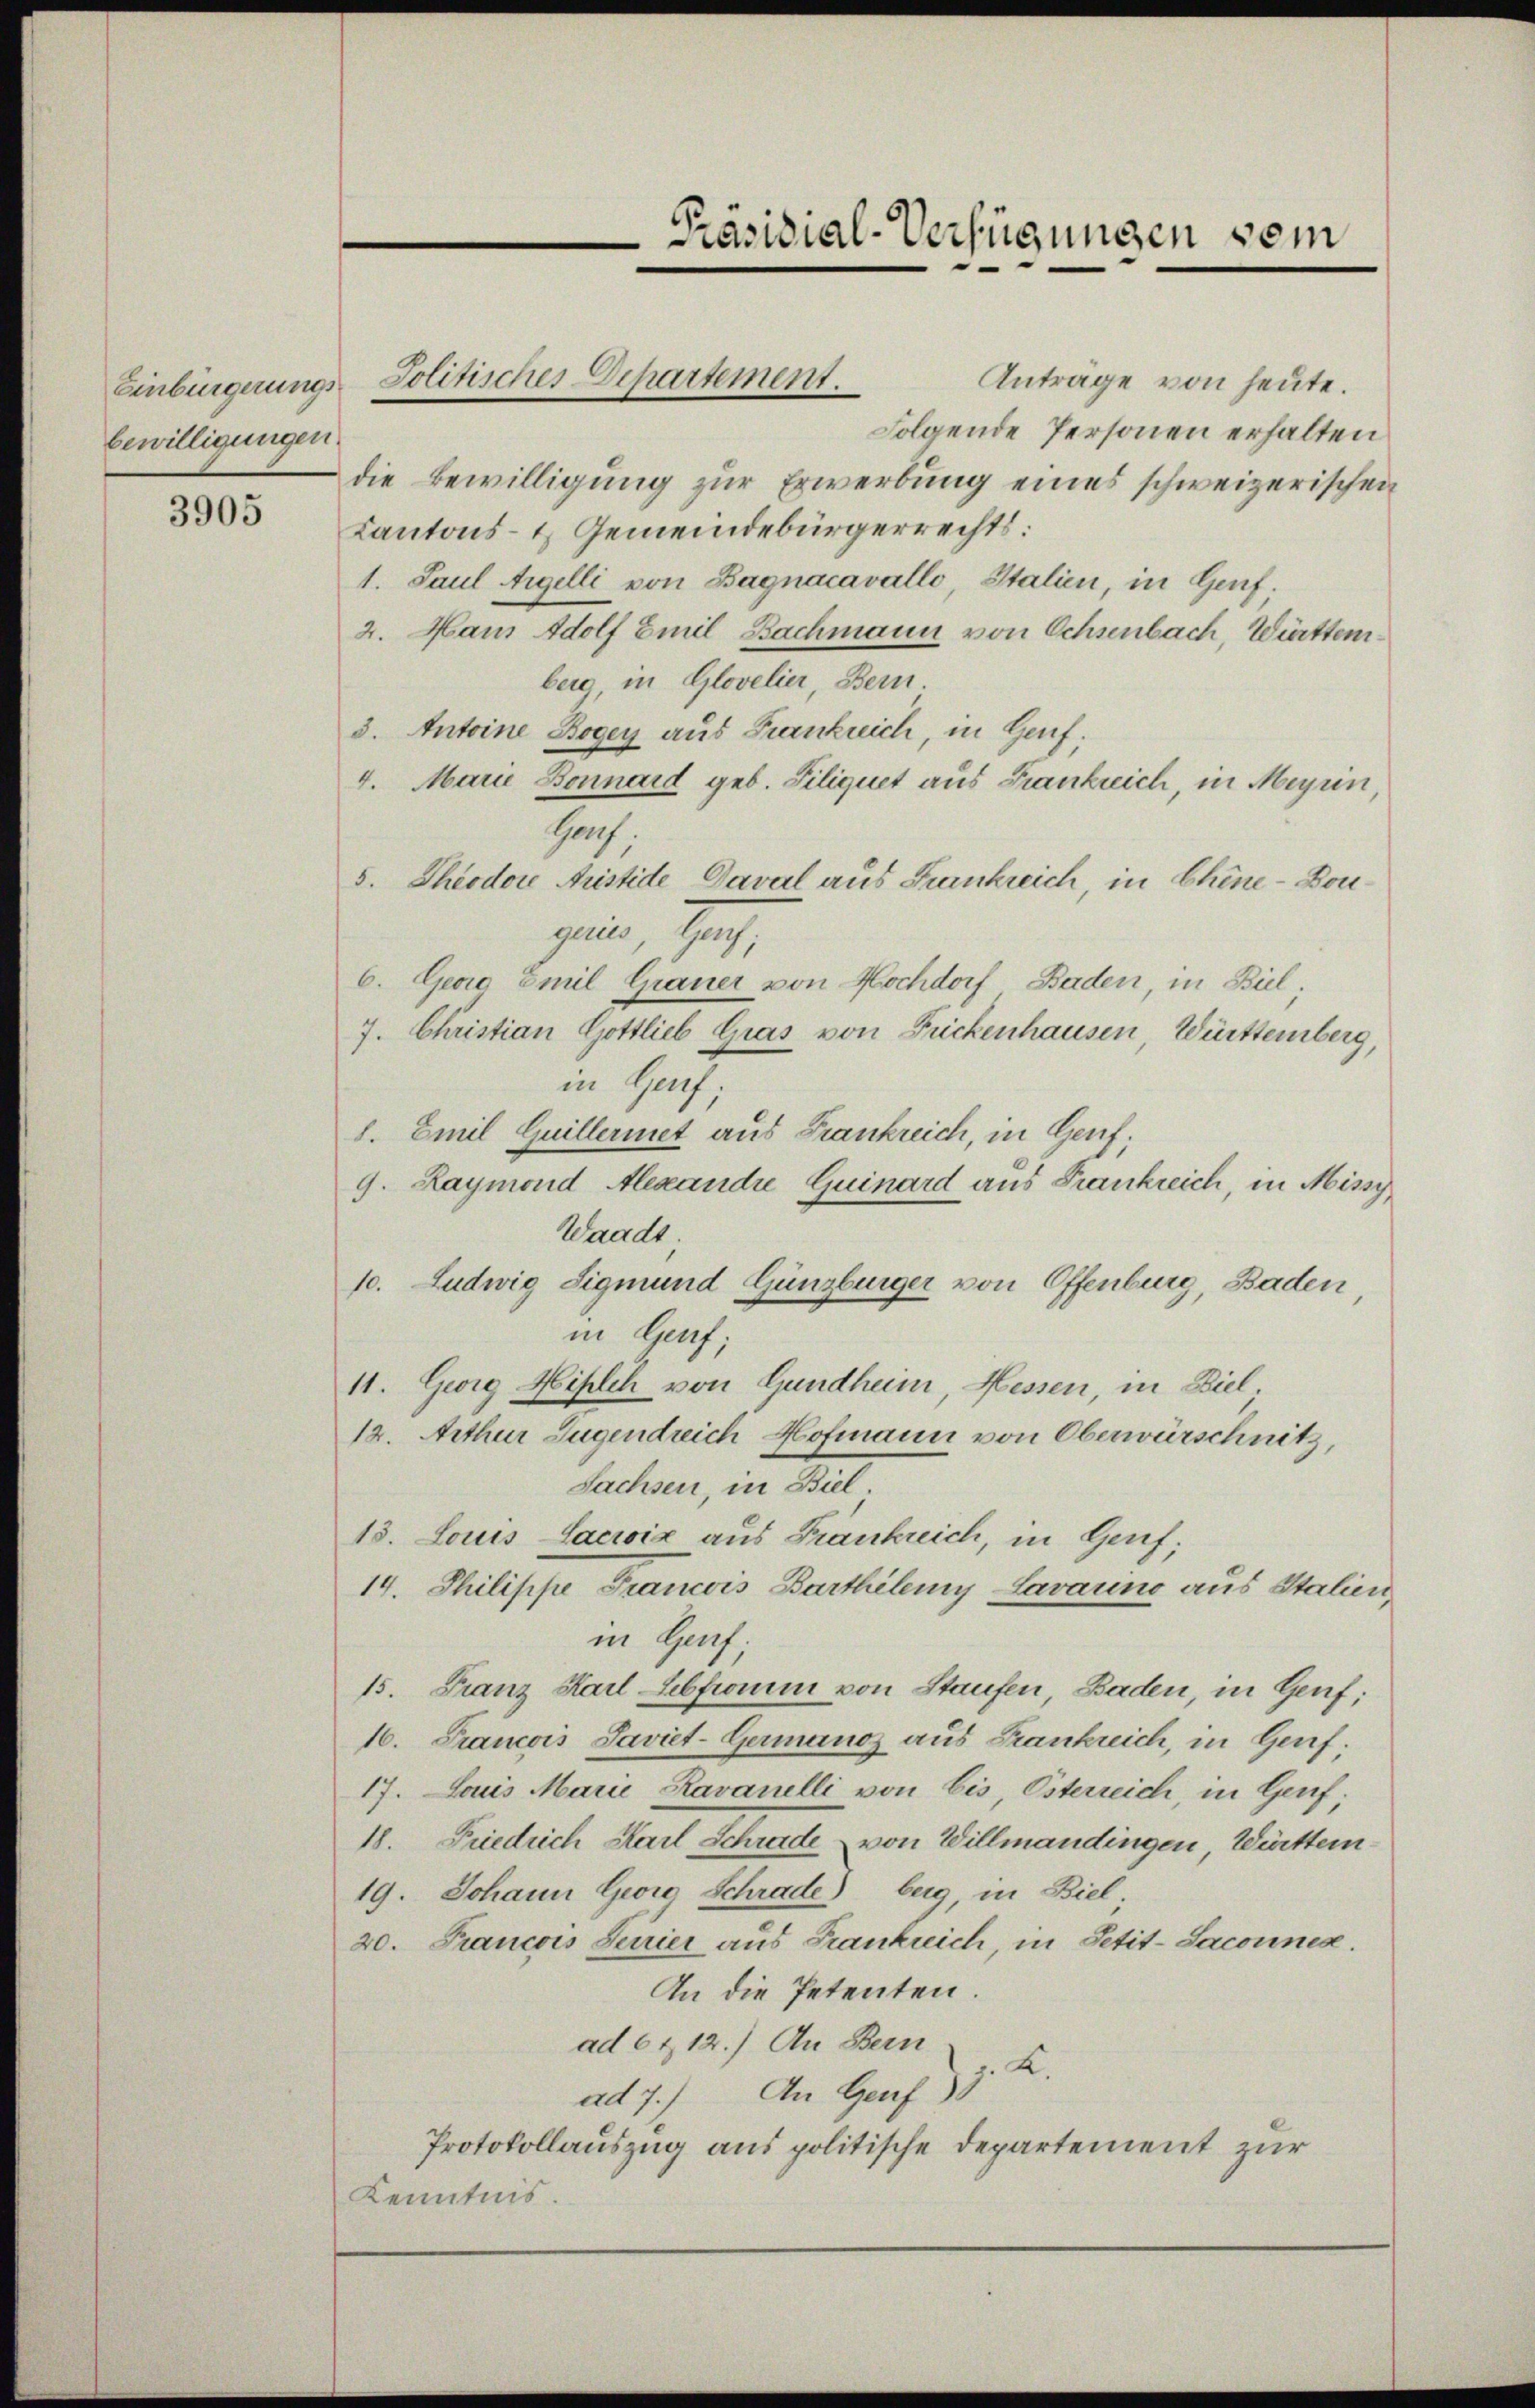
bewilligungen.

3905

Anträge von heute.
Einbürgerungs-Politisches Departement.
Folgende Personen erhalten
die Bewilligung zur Erwerbung eines schweizerischen
Kantons- & Gemeindebürgerrechts:
1. Paul Argelli von Bagnacavallo Stalien, in Genf.
2. Mann Adolf Emil Bachmann von Ochsenbach, Wirttemberg, in Glovelier Bern
3. Antoine Bogen aus Frankreich, in Genf,
4. Marie Bonnaid geb. Filiquet aus Frankreich, in Meyrin
Haf
5. Theodore Aristide Daval aus Frankreich, in Chine-Bougeien, Gang,
6. Georg Emil Grauer von Hochdorf, Baden, in Biel.
7. Christian Gottlieb Gras von Frickenhausen, Württemberg,
in Haus,
8. Emil Guillermet aus Frankreich, in Genf;
9. Raymond Alexandre Quinard aus Frankreich, in Missy
Waadt.
10. Ludwig Sigmund Günzburger von Offenburg, Baden
in Genf;
11. Georg Milch von Gundheim, Hessen, in Biel;
12. Arthur Jugendreich Hofmann von Oberwürschnitz,
Sachsen, in Biel.
15. Louis Lacroix aus Frankreich, in Genf;
14. Philippe Francois Barthilemy Lavauno aus Stalien,
in Heuf;
15. Franz Karl Sebfionum von Staufen, Baden, in Genf;
16. Francois Saviet-Germanos aus Frankreich, in Gerif;
17. Louis Marie Ravanelli von Eis, Österreich in Genf.
18. Friedrich Karl Schrade von Willmandingen Württem¬
19. Johann Georg Schrade beig, in Biel
20. Francois Serier aus Frankreich, in Petit-Saconnes.
An die Petenten.
ad 6 & 12.) An Bern K.
ad 7.) An Genf
Protokollauszug aus politische Departement zur
Kenntnis.

Präsidial-Verfügungen vom